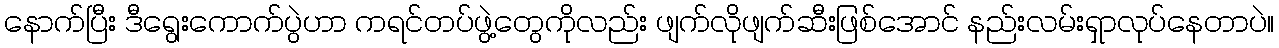
နောက်ပြီး ဒီရွေးကောက်ပွဲဟာ ကရင်တပ်ဖွဲ့တွေကိုလည်း ဖျက်လိုဖျက်ဆီးဖြစ်အောင် နည်းလမ်းရှာလုပ်နေတာပဲ။